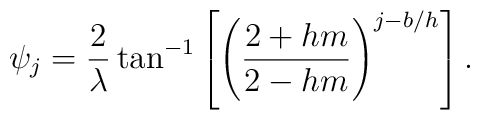
\psi_{j}=\frac{2}{\lambda}\tan^{-1}\left[\left(\frac{2+hm}{2-hm}\right)^{j-b/h}\right].